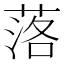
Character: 落